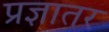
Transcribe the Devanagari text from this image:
प्रज्ञातर